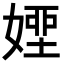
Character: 𡟽